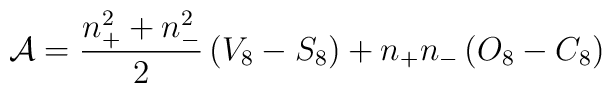
{\cal A} = \frac{n_{+}^{2} + n_{-}^{2}}{2}\, (V_8 - S_8) + n_+ n_- \,(O_8 - C_8)